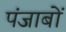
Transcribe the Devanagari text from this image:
पंजाबों